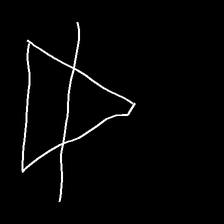
Glyph: empower